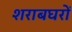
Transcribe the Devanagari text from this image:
शराबघरों